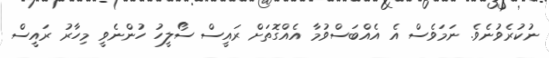
ނުކުރެވުނެވެ. ނަމަވެސް އެ އެއްބަސްވުމާ އެއްގޮތަށް ރައީސް ސޯލީހު ހުންނެވީ މިހާރު ރައީސް